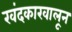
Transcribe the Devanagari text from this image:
खंदकाखालून